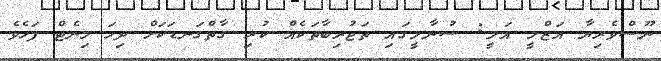
ނޫސްވެރިޔާ އަޒްމީ އަލީ: ސުނާމީގައި ތަޖުރިބާތަކެއް ކުރި ގާތްގަނޑަކަށް ދިހަ މިނެޓް ފަހެވެ